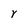
Character: r